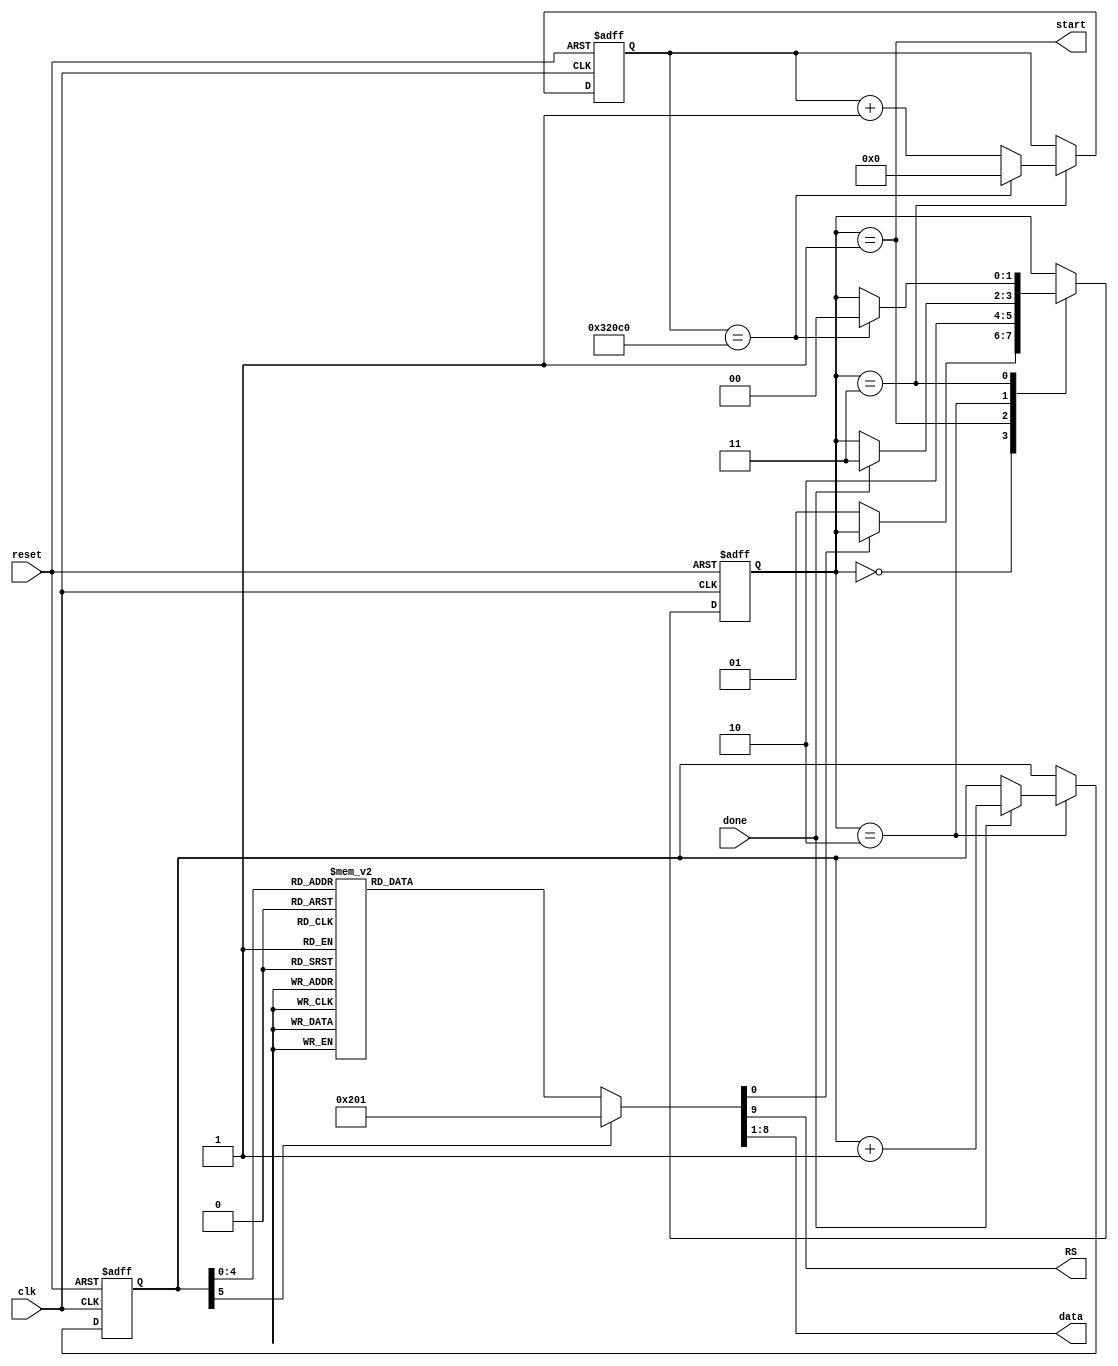
module lcd_test(clk, reset, start, RS, data, done);
	input clk;		// 50 MHz (T=20ns)
	input reset;
	output start, RS;
	output [7:0] data;
	input done;
	
	reg [5:0] index;
	reg [7:0] data; 
	reg [1:0] state;
	reg [17:0] count;
	reg RS, halt;
	wire start;
	
//	localparam DELAY = 3;			// for simulation
	localparam DELAY = 18'h320C0;		// > 4.1ms > 320C0*20
	localparam INIT = 0;
	localparam LINE1 = INIT + 4;
	localparam LINE2 = LINE1 + 7;
	localparam LAST = LINE2 + 11;
	localparam S0=0, S1=1, S2=2, S3=3;

//	0 => 1 => 2 =>(done)=> 3  => 0
//	   start              wait

	// state, count, index 
	always @(posedge clk or posedge reset) begin
		if (reset) begin
			state <= S0;
			count <= 0;
			index <= INIT; 
		end
		else begin
			case (state)
			 S0:	if (~halt) state <= S1;	// idle
			 S1:	state <= S2;		// start
			 S2:	if (done) begin		// LCD write
					state <= S3;
					index <= index + 1;
				end
			 S3:	if (count==DELAY) begin	// delay
					state <= 0;
					count <= 0;
				end
				else count <= count + 1;
			 default: state <= 0;
			endcase
		end
	end

	assign start = (state==1);
	
	// data, RS, halt
	always @* begin
		data = 8'b0;
		halt = 0;
		RS = 1;		// default: data
		case (index)
		// initialize
		 INIT:		begin data=8'b0011_1100; RS=0; end	// function set 
		 INIT+1:	begin data=8'b0000_1100; RS=0; end	// display on/off
		 INIT+2:	begin data=8'b0000_0110; RS=0; end	// entry mode set
		 INIT+3:	begin data=8'b0000_0001; RS=0; end	// clear display
		 // line 1
		 LINE1:		begin data=8'b1000_0000; RS=0; end	// set DDRAM addr
		 LINE1+1:	data = "Y";
		 LINE1+2:	data = "o";
		 LINE1+3:	data = "n";
		 LINE1+4:	data = "s";
		 LINE1+5:	data = "e";
		 LINE1+6:	data = "i";
		 // line 2
		 LINE2:		begin data=8'b1100_0000; RS=0; end	// set DDRAM addr
		 LINE2+1:	data = "U";
		 LINE2+2:	data = "n";
		 LINE2+3:	data = "i";
		 LINE2+4:	data = "v";
		 LINE2+5:	data = "e";
		 LINE2+6:	data = "r";
		 LINE2+7:	data = "s";
		 LINE2+8:	data = "i";
		 LINE2+9:	data = "t";
		 LINE2+10:	data = "y";
		 LAST:		halt=1;
		 default:	halt=1;
		endcase
	end

endmodule


module lcd_controller(clk, reset, start, CS, RS, data, done, LCD_RS, LCD_RW, LCD_E, LCD_data);
// Host side
	input clk;				// 50MHz clock
	input reset, start;
	input CS, RS;
	input [7:0] data;
	output done;
// text LCD side	
	output LCD_RS, LCD_RW, LCD_E;
	output [7:0] LCD_data;
	
	reg [2:0] state;
	reg [3:0] count;
	localparam	S0=0, S1=1, S2=2, S3=4, S4=3;	// state
	localparam 	PW_E = 12;	// pulse width = 12 clk
	
	assign LCD_RS = RS;			// register select
	assign LCD_RW = 1'b0;		// write only
	assign LCD_data = data;		// 8-bit data output
	
	// Timing			width
	//   50MHz -> T = 20ns
	//   RS, RW to E  > 40ns 	3 clk
	//   E pulse width  > 230ns 	12 clk
	//   E to RS, RW  > 10ns	1 clk
	always @(posedge clk or posedge reset) begin
		if (reset) state <= S0;
		else
			case (state) 
			 S0: if (start & CS) state <= S1;
			 S1: state <= S2;
			 S2: state <= S3;
			 S3: if (count < PW_E-1) count <= count + 1;
			     else begin state<= S4; count <= 0; end
			 S4: state <= S0;
			 default: state <= S0;
			endcase
	end
	
	assign LCD_E = (state==S3);
	assign done = (state==S4);
endmodule